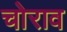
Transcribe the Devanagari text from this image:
चोराव